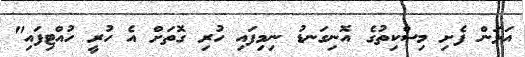
އަޅަން ފެށި މިސްކިތުގެ އޮނިގަނޑު ނިމިފައި ހުރި ގޮތަށް އެ ހުރީ ހުއްޓިފައި"